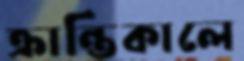
ক্রান্তিকালে